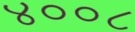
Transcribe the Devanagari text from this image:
४००८